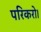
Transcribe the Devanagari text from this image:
परिकरो।